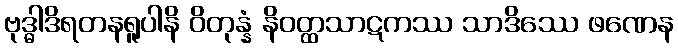
ဗုဒ္ဓါဒိရတနရူပါနိ ဝိတုန္နံ နိဝတ္ထသာဋကဿ သာဒိဿေ ဖဏေန